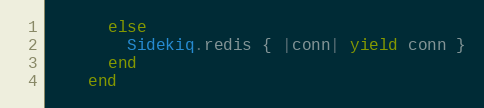
Language: Ruby
      else
        Sidekiq.redis { |conn| yield conn }
      end
    end